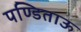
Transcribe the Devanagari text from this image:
पण्डिताऊ